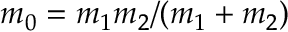
m _ { 0 } = m _ { 1 } m _ { 2 } / ( m _ { 1 } + m _ { 2 } )